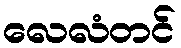
လေလံတင်